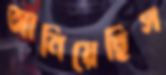
আনিয়েছিস